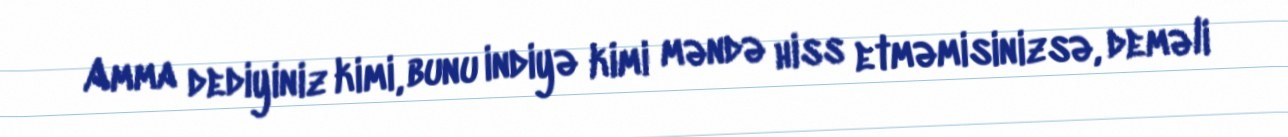
Amma dediyiniz kimi, bunu indiyə kimi məndə hiss etməmisinizsə, deməli